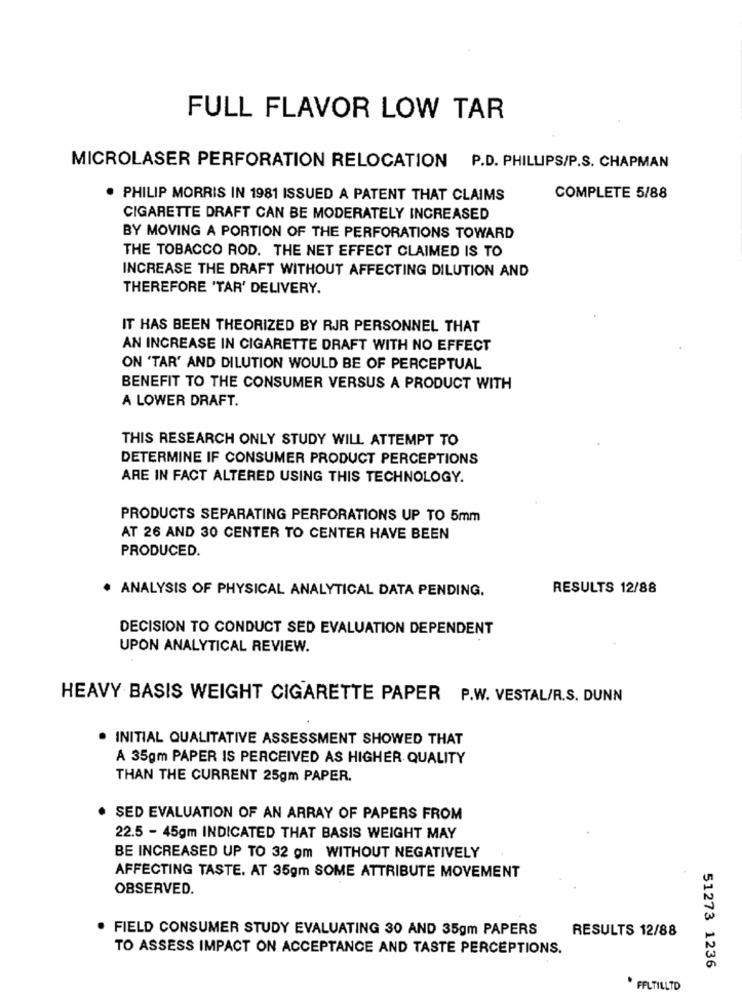
FULL FLAVOR LOW TAR
MICROLASER PERFORATION RELOCATION
P.D. PHILLIPS/P.S. CHAPMAN
. PHILIP MORRIS IN 1981 ISSUED A PATENT THAT CLAIMS
COMPLETE 5/88
CIGARETTE DRAFT CAN BE MODERATELY INCREASED
BY MOVING A PORTION OF THE PERFORATIONS TOWARD
THE TOBACCO ROD. THE NET EFFECT CLAIMED IS TO
INCREASE THE DRAFT WITHOUT AFFECTING DILUTION AND
THEREFORE 'TAR' DELIVERY.
IT HAS BEEN THEORIZED BY RJR PERSONNEL THAT
AN INCREASE IN CIGARETTE DRAFT WITH NO EFFECT
ON 'TAR' AND DILUTION WOULD BE OF PERCEPTUAL
BENEFIT TO THE CONSUMER VERSUS A PRODUCT WITH
A LOWER DRAFT.
THIS RESEARCH ONLY STUDY WILL ATTEMPT TO
DETERMINE IF CONSUMER PRODUCT PERCEPTIONS
ARE IN FACT ALTERED USING THIS TECHNOLOGY.
PRODUCTS SEPARATING PERFORATIONS UP TO 5mm
AT 26 AND 30 CENTER TO CENTER HAVE BEEN
PRODUCED.
. ANALYSIS OF PHYSICAL ANALYTICAL DATA PENDING.
RESULTS 12/88
DECISION TO CONDUCT SED EVALUATION DEPENDENT
UPON ANALYTICAL REVIEW.
HEAVY BASIS WEIGHT CIGARETTE PAPER P.W. VESTAL/R.S. DUNN
INITIAL QUALITATIVE ASSESSMENT SHOWED THAT
A 35gm PAPER IS PERCEIVED AS HIGHER QUALITY
THAN THE CURRENT 25gm PAPER.
. SED EVALUATION OF AN ARRAY OF PAPERS FROM
22.5 - 45gm INDICATED THAT BASIS WEIGHT MAY
BE INCREASED UP TO 32 om WITHOUT NEGATIVELY
AFFECTING TASTE. AT 35gm SOME ATTRIBUTE MOVEMENT
OBSERVED.
. FIELD CONSUMER STUDY EVALUATING 30 AND 35gm PAPERS
RESULTS 12/88
TO ASSESS IMPACT ON ACCEPTANCE AND TASTE PERCEPTIONS.
51273 1236
. FELTILLTD